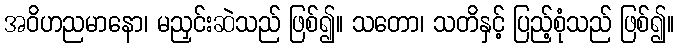
အဝိဟညမာနော၊ မညှင်းဆဲသည် ဖြစ်၍။ သတော၊ သတိနှင့် ပြည့်စုံသည် ဖြစ်၍။